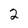
Character: 2